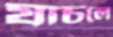
যাচলে